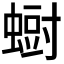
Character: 𮔨